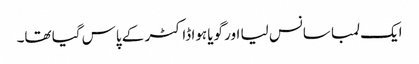
ایک لمبا سانس لیا اور گویا ہوا ڈاکٹر کے پاس گیا تھا۔